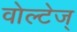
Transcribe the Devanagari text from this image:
वोल्टेज्